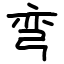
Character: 弯